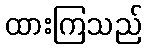
ထားကြသည်